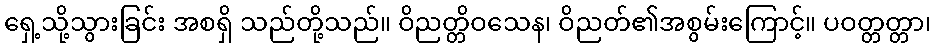
ရှေ့သို့သွားခြင်း အစရှိ သည်တို့သည်။ ဝိညတ္တိဝသေန၊ ဝိညတ်၏အစွမ်းကြောင့်။ ပဝတ္တတ္တာ၊